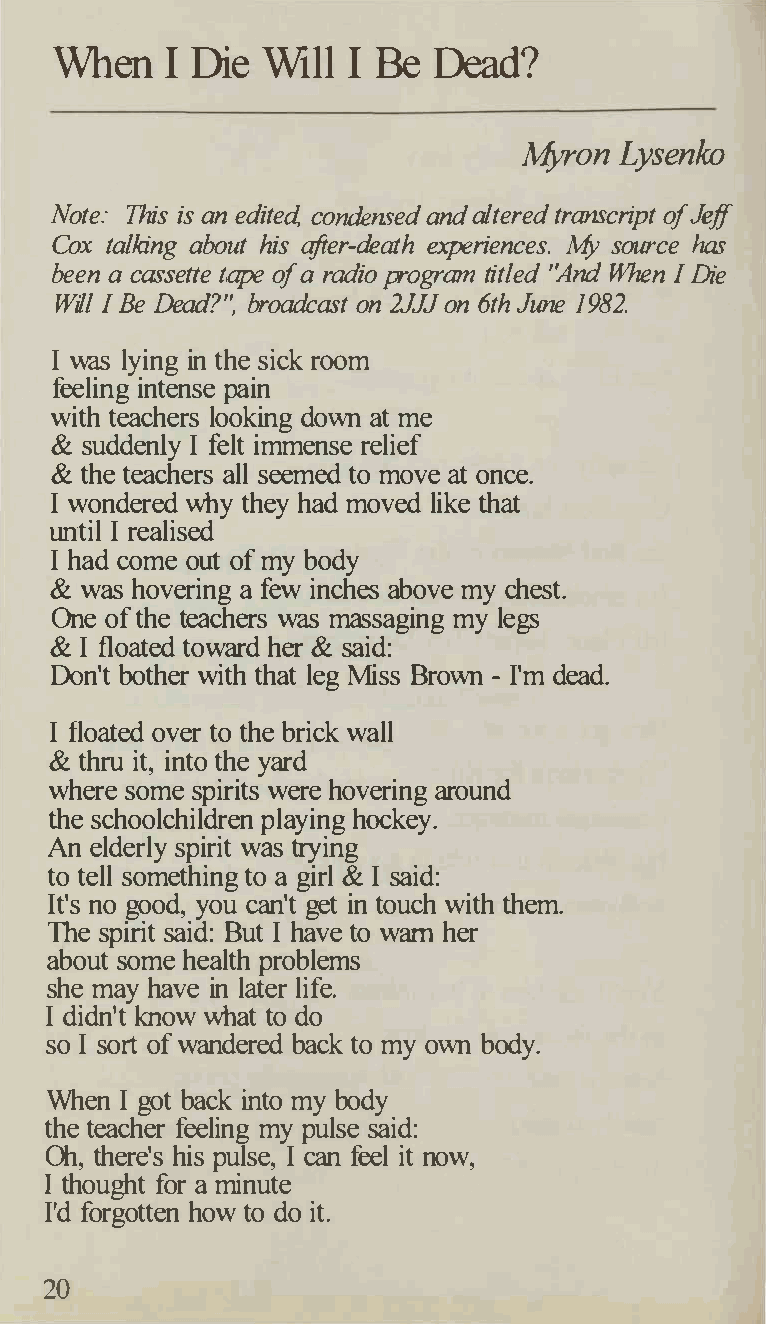
When    I Die Will  I Be  Dead?
 Afyron Lysenko
 Note: This is an edited, condensed and altered transcript of Jeff
 Cox talking about his after-death experiences. My source has
 been a cassette tape of a radio program titled ''And When I Die
 Will I Be Dead?'� broadcast on 2JJJ on 6th June 1982.
 I was lying in the sick room
 feeling intense pain
 with teachers looking down at me
 & suddenly I felt immense relief
 & the teachers all seemed to move at once.
 I wondered why they had moved like that
 until I realised
 I had come out of my body
 & was hovering a few inches above my chest.
 One of the teachers was massaging my legs
 & I floated toward her & said:
 Don't bother with that leg Miss Brown - I'm dead.
 I floated over to the brick wall
 & thru it, into the yard
 where some spirits were hovering around
 the schoolchildren playing hockey.
 An elderly spirit was trying
 to tell something to a girl & I said:
 It's no good, you can't get in touch with them.
 The spirit said: But I have to warn her
 about some health problems
 she may have in later life.
 I didn't know what to do
 so I sort of wandered back to my own body.
 When I got back into my body
 the teacher feeling my pulse said:
 Oh, there's his pulse, I can feel it now,
 I thought for a minute
 I'd forgotten how to do it.
 20